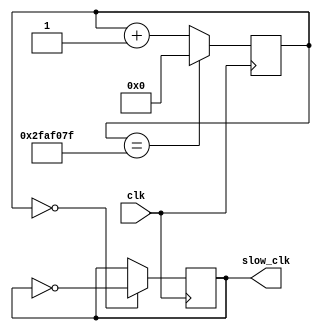
`timescale 1ns / 1ps
//////////////////////////////////////////////////////////////////////////////////
// Company: 
// Engineer: 
// 
// Design Name: 
// Module Name: clk_1hz
// Project Name: 
// Target Devices: 
// Tool Versions: 
// Description: 
// 
// Dependencies: 
// 
// Revision:
// Revision 0.01 - File Created
// Additional Comments:
// 
//////////////////////////////////////////////////////////////////////////////////


// 1 Hz = (100 MHz / 100,000,000) -> invert every 50,000,000 counts
module clk_1hz(
    input clk,
    output reg slow_clk = 0
//    output reg [0:0] led
    );
   
    reg [25:0] count = 0;
    
    
    always @(posedge clk)
    begin
        count <= (count == 50000000-1) ? 0 : count + 1;
        
        slow_clk <= (count == 0) ? ~slow_clk : slow_clk;
//        led[0] <= slow_clk;
    end
    
endmodule